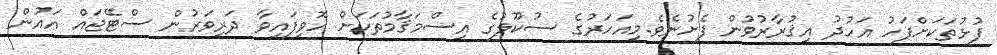
ފުޅުތަކަށްފަހު އަހުދު އިޤުރާރުވުން ފެށުނެވެ.މިއަހަރުގެ ސުކޫލުގެ އިސްމަޤާމުތަކަށް ހޮވިފައިވާ ދަރިވަރުން ސްޓޭޖައް އައުން